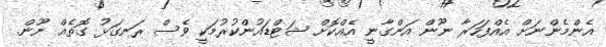
އެންމެންނަށް އެއްފަހަރާ ނޫން އަންގާނީ އެއްކޮށް ޝަޓްޑައުންކުރުމަކީ ވެސް ރަނގަޅު ގޮތެއް ނޫން.